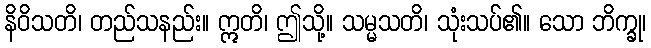
နိဝိသတိ၊ တည်သနည်း။ ဣတိ၊ ဤသို့။ သမ္မသတိ၊ သုံးသပ်၏။ သော ဘိက္ခု၊